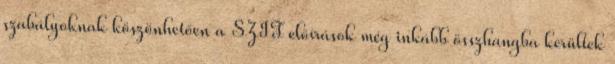
szabályoknak köszönhetően a SZIT előírások még inkább összhangba kerültek